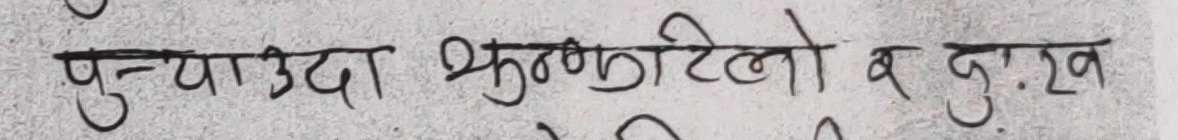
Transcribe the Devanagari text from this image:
पुऱ्याउदा झुक्लटेलो व दुःख